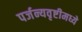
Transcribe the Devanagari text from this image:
पर्जन्यवृष्टीमध्ये